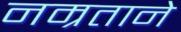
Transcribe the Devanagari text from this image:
नम्रताने